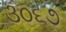
૩૦૬૭